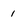
Character: 1